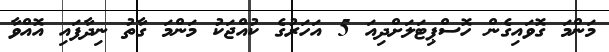
މަންމަ ގޮވައިގެން ހޮސްޕިޓަލަށްދިއަ 5 އަހަރުގެ ކުއްޖަކު މަންމަ ގާތު ނިދާފައި އޮއްވާ